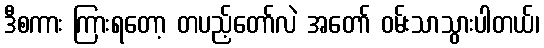
ဒီစကား ကြားရတော့ တပည့်တော်လဲ အတော် ဝမ်းသာသွားပါတယ်၊